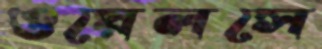
ওয়েলসে